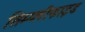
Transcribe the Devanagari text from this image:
सिम्प्लीफाइड